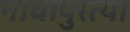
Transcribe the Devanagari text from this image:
नावापुरत्या